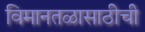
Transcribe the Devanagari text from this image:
विमानतळासाठीची